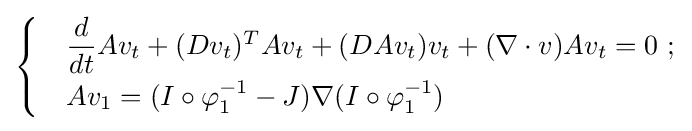
{\begin{cases}&{\dfrac {d}{dt}}Av_{t}+(Dv_{t})^{T}Av_{t}+(DAv_{t})v_{t}+(\nabla \cdot v)Av_{t}=0\ ;\\[4pt]&Av_{1}=(I\circ \varphi _{1}^{-1}-J)\nabla (I\circ \varphi _{1}^{-1})\end{cases}}